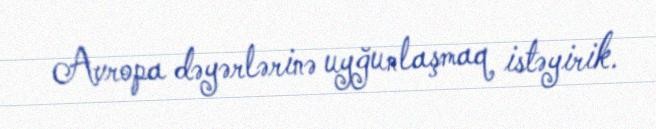
Avropa dəyərlərinə uyğunlaşmaq istəyirik.